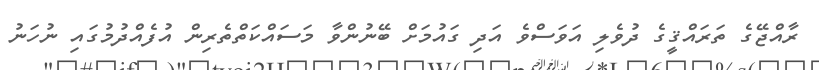
ރާއްޖޭގެ ތަރައްޤީގެ ދުވެލި އަވަސްވެ އަދި ގައުމަށް ބޭނުންވާ މަސައްކަތްތެރިން އުފެއްދުމުގައި ނުހަނު